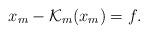
LaTeX: \begin{align*}x_m - \mathcal{K}_m (x_m) = f.\end{align*}